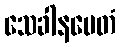
သေခါနမေတံ